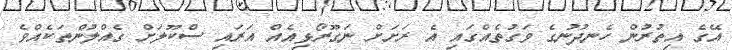
އޭގެ އިތުރުން ހެނދުނުގެ ވަގުތެއްގައި އެ ރަށަށް ނަގޫރޯޅިއެއް އަރައި ސްކޫލަށް ގެއްލުންތަކެއްވެ